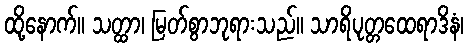
ထို့နောက်။ သတ္ထာ၊ မြတ်စွာဘုရားသည်။ သာရိပုတ္တထေရာဒိနံ၊